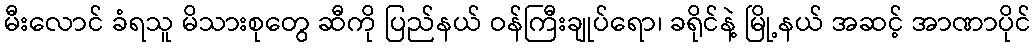
မီးလောင် ခံရသူ မိသားစုတွေ ဆီကို ပြည်နယ် ဝန်ကြီးချုပ်ရော၊ ခရိုင်နဲ့ မြို့နယ် အဆင့် အာဏာပိုင်